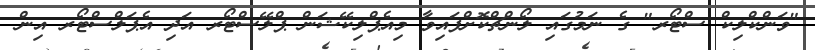
"ވަންކްލިކް ސްޓޯރ" ގެ ނަމުގައި ލޯންޗްކޮށްފައިވާ މިއެޕްލިކޭޝަން ޕްލޭސްޓޯރ އަދި އެޕަލްސްޓޯރ އިން